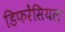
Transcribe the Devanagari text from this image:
डिफरेंसियल